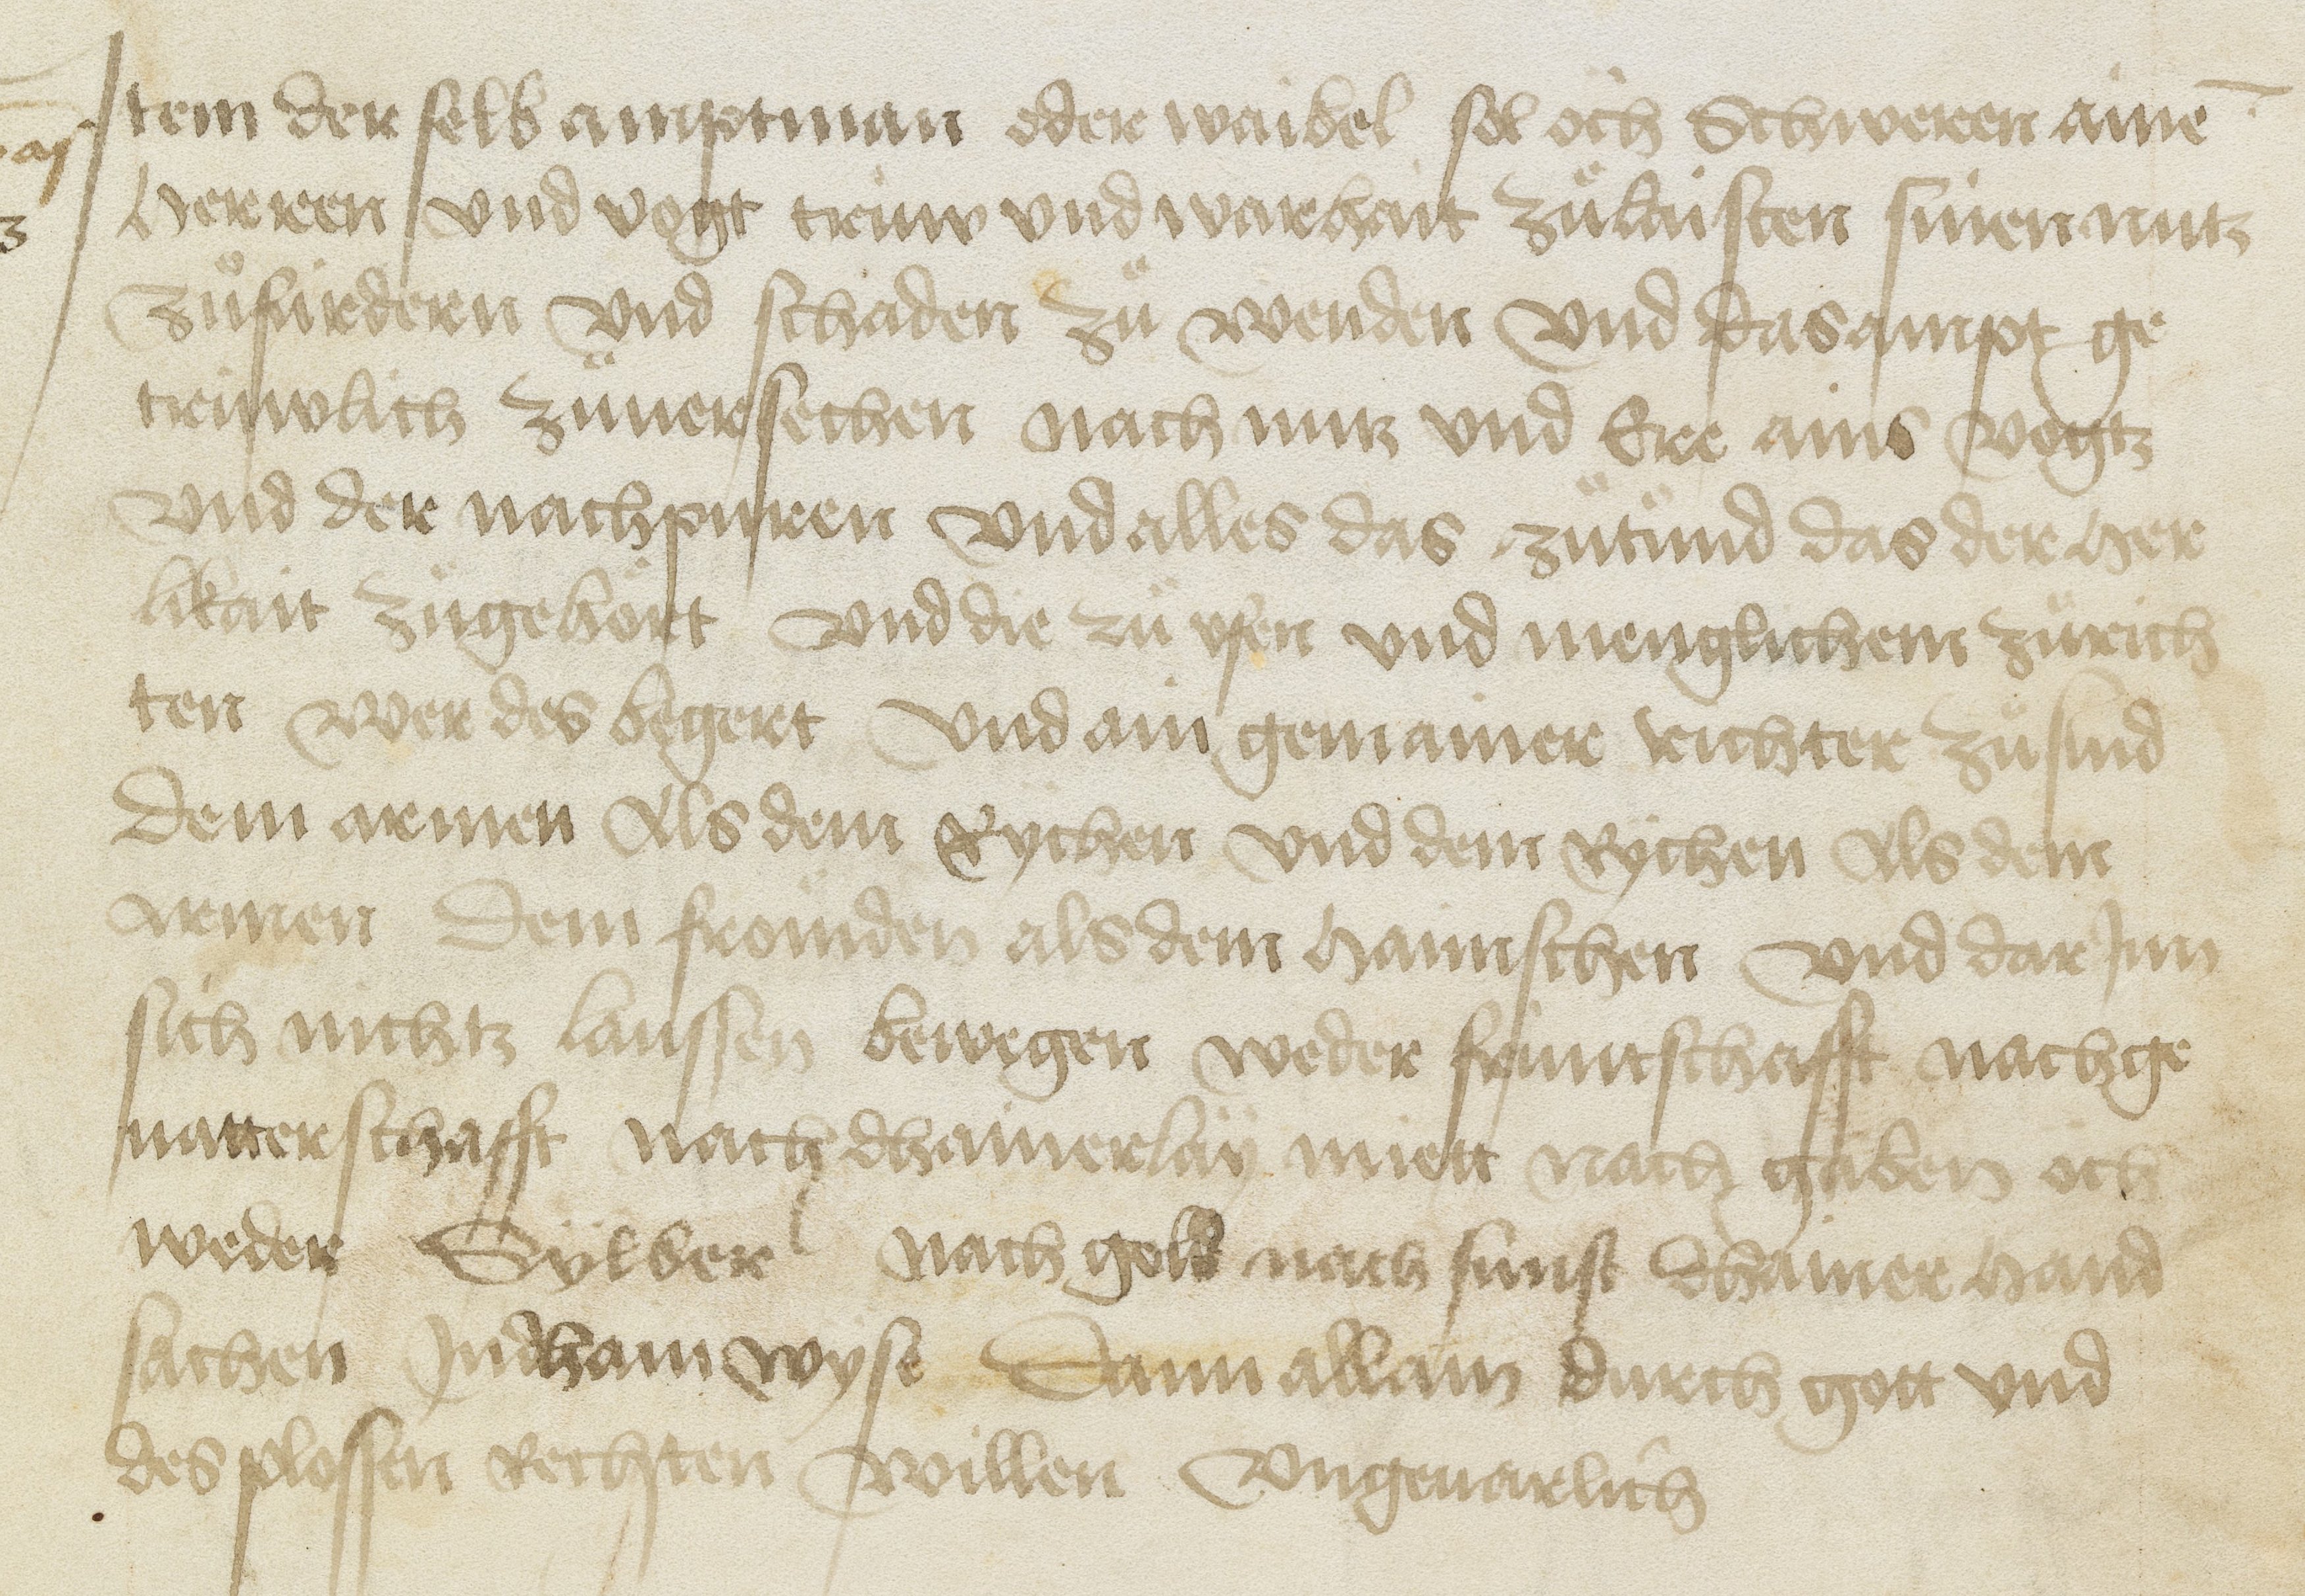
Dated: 1469–1469